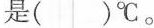
是()℃。